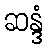
ဆန္ဒံ